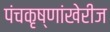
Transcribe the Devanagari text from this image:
पंचकृष्णांखेरीज